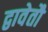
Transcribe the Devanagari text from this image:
द्वावेतौ